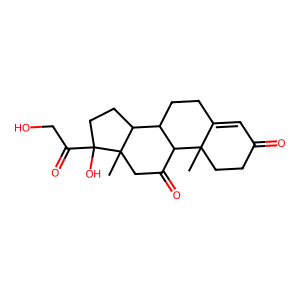
SMILES: CC12CCC(=O)C=C1CCC1C2C(=O)CC2(C)C1CCC2(O)C(=O)CO
Inhibits HIV replication: No